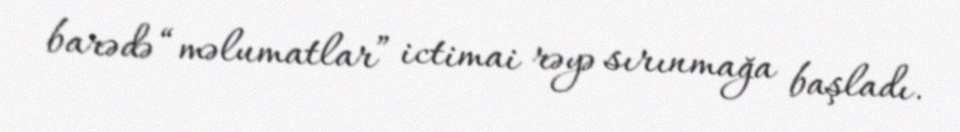
barədə “məlumatlar” ictimai rəyə sırınmağa başladı.